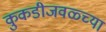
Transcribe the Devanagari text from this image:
कुकडीजवळ्च्या